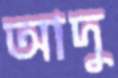
আদু